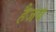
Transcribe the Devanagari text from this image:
हैजब